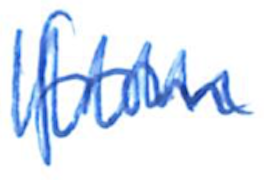
Text: from
Cross-out: zig-zag
Writing tool: ballpoint